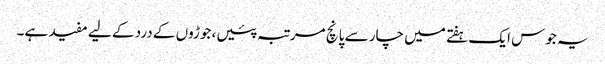
یہ جوس ایک ہفتے میں چار سے پانچ مرتبہ پئیں، جوڑوں کے درد کے لیے مفید ہے۔